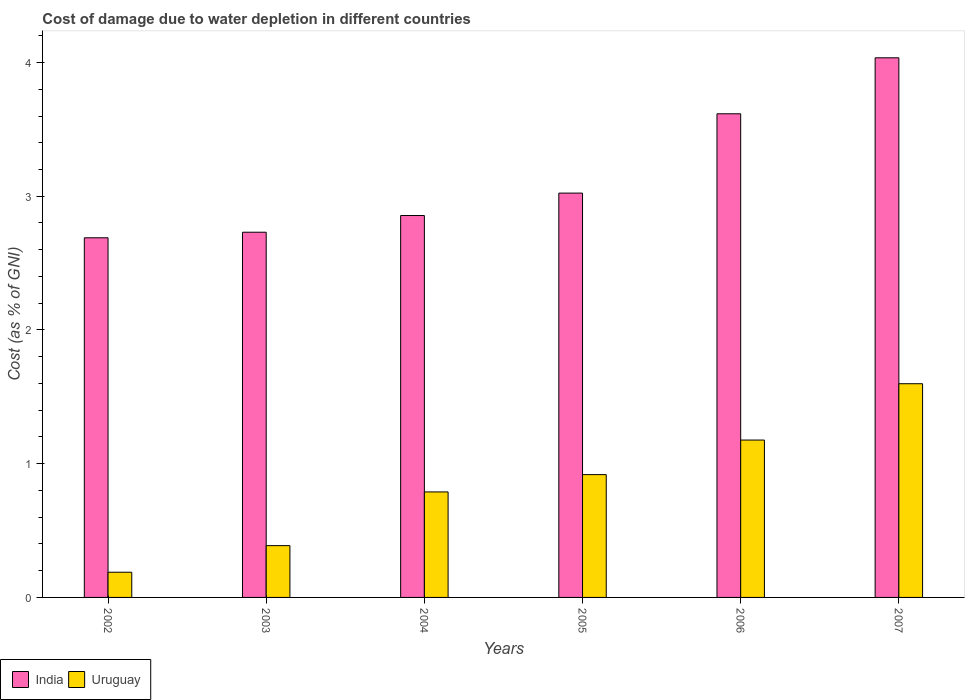
| Years | India | Uruguay |
 | --- | --- | --- |
 | 2002 | 2.69 | 0.188 |
 | 2003 | 2.73 | 0.387 |
 | 2004 | 2.86 | 0.789 |
 | 2005 | 3.02 | 0.918 |
 | 2006 | 3.62 | 1.18 |
 | 2007 | 4.04 | 1.6 |